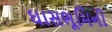
ઘાસભૂમિની